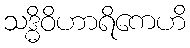
သဒ္ဓိဝိဟာရိကေဟိ